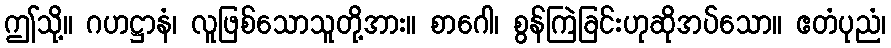
ဤသို့။ ဂဟဋ္ဌာနံ၊ လူဖြစ်သောသူတို့အား။ စာဂေါ၊ စွန်ကြဲခြင်းဟုဆိုအပ်သော။ ဧတံပုညံ၊